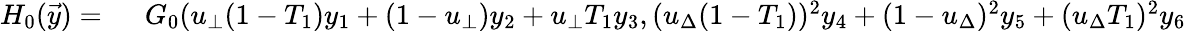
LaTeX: \begin{array}{rl}{H_{0}(\vec{y})=\ }&{{}G_{0}(u_{\bot}(1-T_{1})y_{1}+(1-u_{\bot})y_{2}+u_{\bot}T_{1}y_{3},(u_{\Delta}(1-T_{1}))^{2}y_{4}+(1-u_{\Delta})^{2}y_{5}+(u_{\Delta}T_{1})^{2}y_{6}}\end{array}